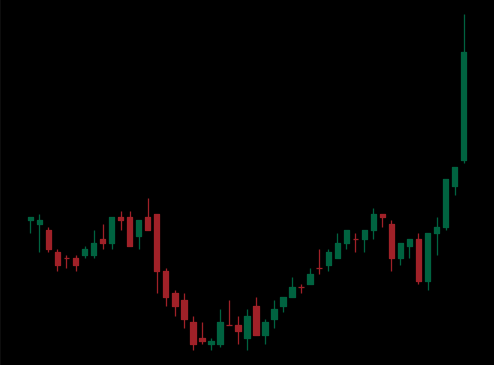
Pattern: inverse_head_shoulders